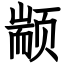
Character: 颛